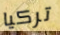
تركيا